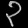
Digit: ၃